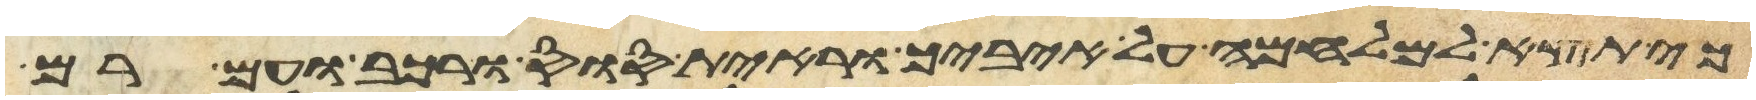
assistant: כי תצא למלחמה על איביך וראית סוס ורכב ועם רב